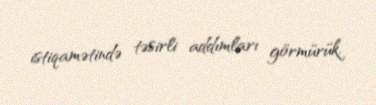
istiqamətində təsirli addımları görmürük.